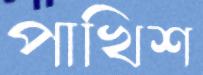
পাখিশ